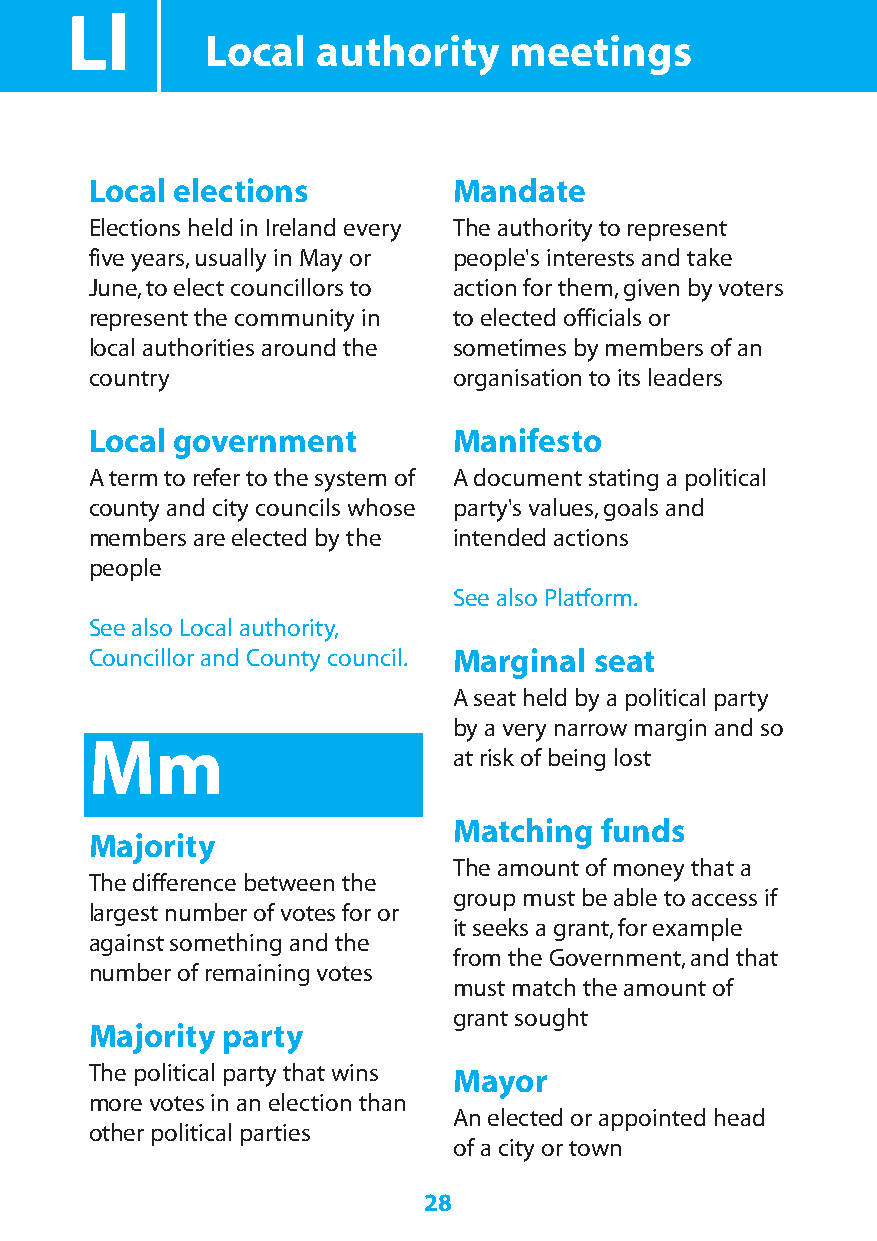
Ll
 Local  authority    meetings
 Local elections         Mandate
 Elections held in Ireland every The authority to represent
 five years,usually in May or people's interests and take
 June,to elect councillors to action for them,given by voters
 represent the community in to elected officials or
 local authorities around the sometimes by members of an
 country                 organisation to its leaders
 Local government        Manifesto
 A term to refer to the system of A document stating a political
 county and city councils whose party's values,goals and
 members are elected by the intended actions
 people
 See also Platform.
 See also Local authority,
 Councillor and County council. Marginal seat
 A seat held by a political party
 by a very narrow margin and so
 Mm
 at risk of being lost
 Matching  funds
 Majority
 The amount of money that a
 The difference between the
 group must be able to access if
 largest number of votes for or
 it seeks a grant,for example
 against something and the
 from the Government,and that
 number of remaining votes
 must match the amount of
 grant sought
 Majority party
 The political party that wins Mayor
 more votes in an election than
 An elected or appointed head
 other political parties
 of a city or town
 28